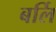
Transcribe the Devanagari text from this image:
बर्लि